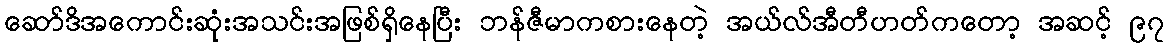
ဆော်ဒိအကောင်းဆုံးအသင်းအဖြစ်ရှိနေပြီး ဘန်ဇီမာကစားနေတဲ့ အယ်လ်အီတီဟတ်ကတော့ အဆင့် ၉၇